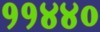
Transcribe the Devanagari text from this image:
११४४०